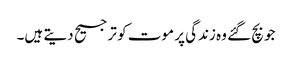
جو بچ گئے وہ زندگی پر موت کو ترجیح دیتے ہیں۔